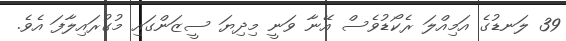
39 ލަނޑުގެ އަމިއްލަ ރެކޯޑުވެސް އޭނާ ވަނީ މިދިޔަ ސީޒަންގައި މުގުރައިލާފަ އެވެ.